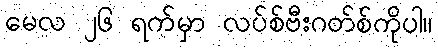
မေလ ၂၆ ရက်မှာ လပ်စ်ဗီးဂတ်စ်ကိုပါ။